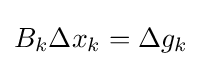
B_{k}\Delta x_{k}=\Delta g_{k}